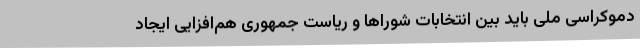
دموکراسی ملی باید بین انتخابات شورا‌ها و ریاست جمهوری هم‌افزایی ایجاد